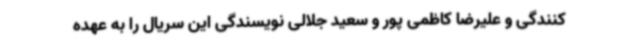
کنندگی و علیرضا کاظمی پور و سعید جلالی نویسندگی این سریال را به عهده